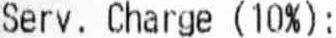
SERV. CHARGE (10%):